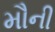
મૌની